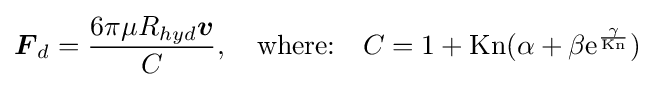
{\boldsymbol {F}}_{d}={\frac {6\pi \mu R_{hyd}{\boldsymbol {v}}}{C}},\quad {\text{where:}}\quad C=1+{\text{Kn}}(\alpha +\beta {\text{e}}^{\frac {\gamma }{\text{Kn}}})